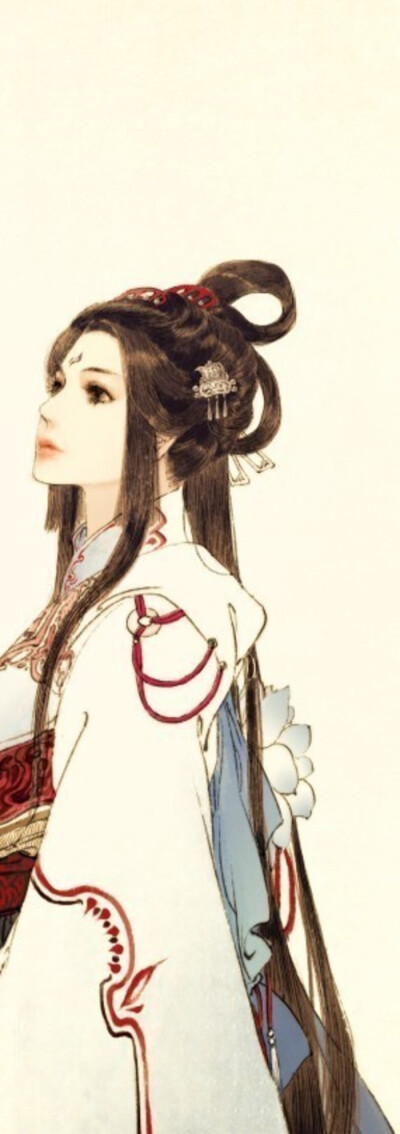
离愁正引千丝乱，更东陌飞絮濛濛。